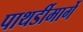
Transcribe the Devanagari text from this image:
पाथर्डीमार्गे